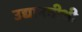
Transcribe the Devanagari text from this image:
उद्यानवीथी